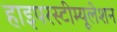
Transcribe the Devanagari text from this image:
हाइपरस्टीम्यूलेशन